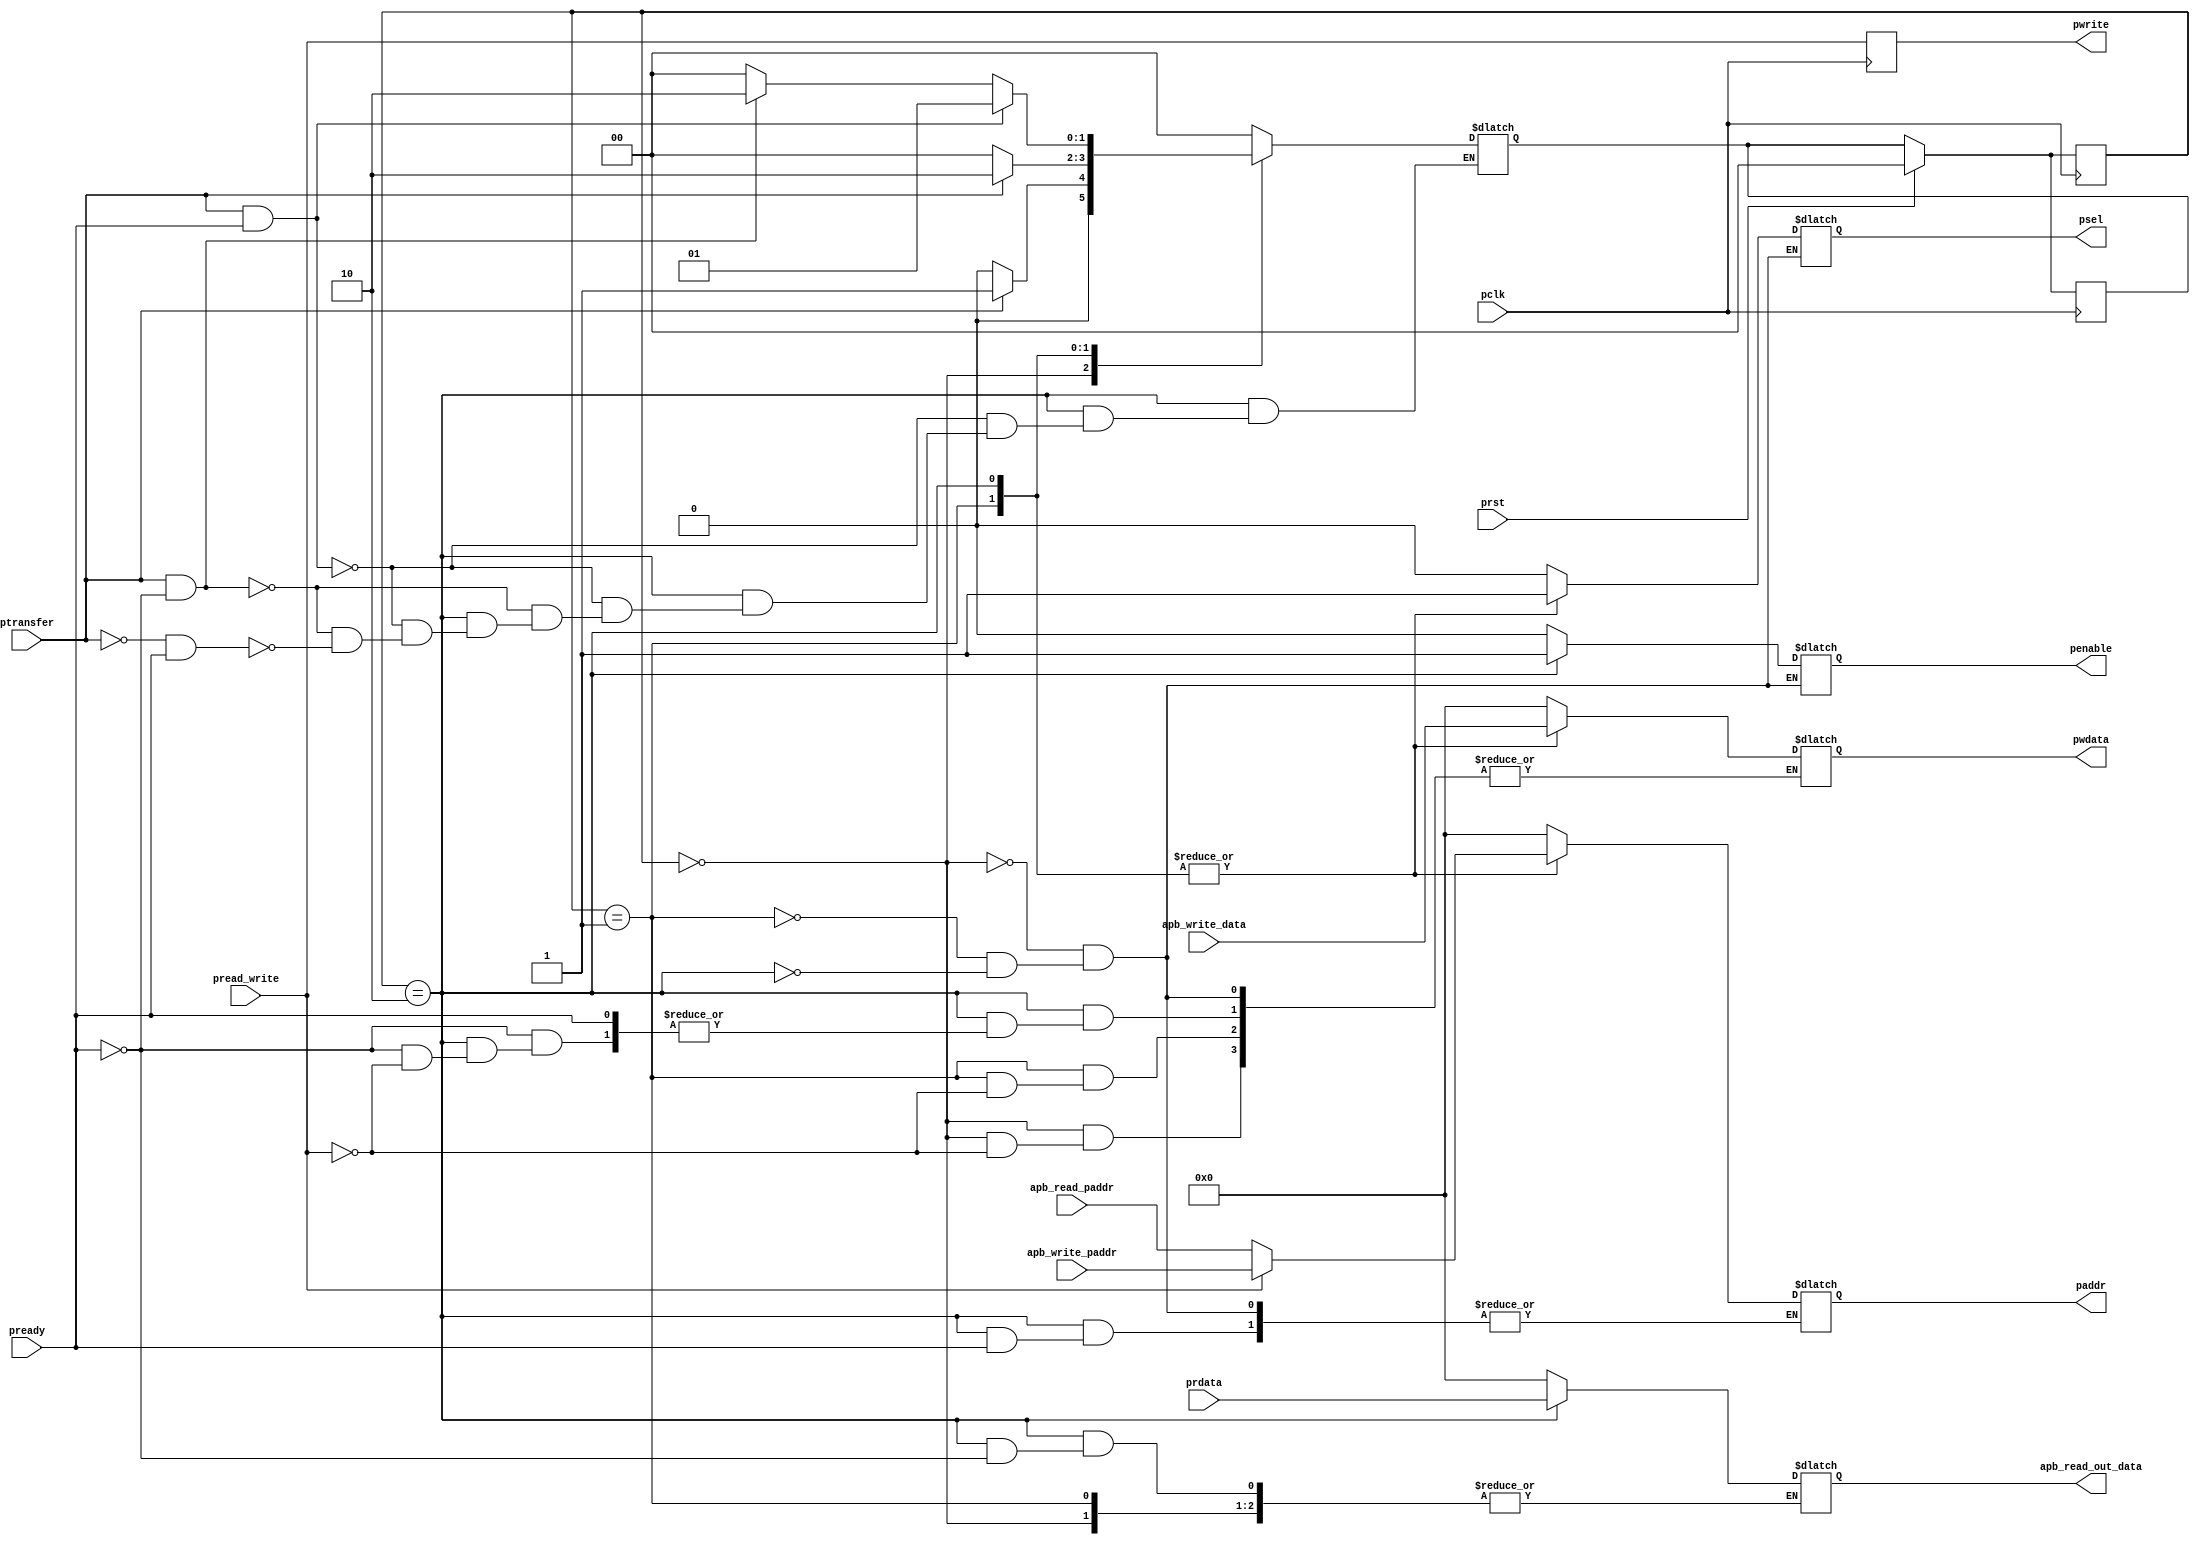
`timescale 1ns / 1ps
//////////////////////////////////////////////////////////////////////////////////
// Company: 
// Engineer: 
// 
// Design Name: 
// Module Name: APB_MASTER
// Project Name: 
// Target Devices: 
// Tool Versions: 
// Description: 
// 
// Dependencies: 
// 
// Revision:
// Revision 0.01 - File Created
// Additional Comments:
// 
//////////////////////////////////////////////////////////////////////////////////


module APB_MASTER(
input  pclk,prst,pread_write,ptransfer,pready,
input  [7:0]apb_write_paddr,
input [7:0]apb_read_paddr,
input [7:0]apb_write_data,
input [7:0]prdata,

output reg psel,penable,pwrite,
output reg [7:0]pwdata,
output reg [7:0]paddr,
output reg[7:0]apb_read_out_data );

reg [1:0] current, next ;

parameter idle = 2'b00;
parameter setup = 2'b01;
parameter access = 2'b10;

always@(posedge pclk )begin
  pwrite = pread_write;
if(prst)begin
 current <= idle;
 next <= idle;
 end
 else begin
 current <= next;
 end
 end
 
 always@(current,ptransfer,pready)begin
 
 case(current)
 idle:begin

    //if(psel == 0 && penable == 0)begin
    if( ptransfer== 0)begin
       next = idle;
       end
    else begin
       if(ptransfer == 1)
       next =  setup;
       end
       end
       
 setup: begin
 

    // if(!psel == 0 && penable == 0)begin
       if(ptransfer == 1)begin
         next = access;
        end
     else begin
        if (ptransfer == 0)
         next = idle;
         end
         end
         
  access : begin
 
      // if(psel == 1&& penable == 1)begin
        if( ptransfer == 1 && pready==1)begin
            next = setup;
            end
     //  else if(psel == 1&& penable == 1 ) begin
             else if( ptransfer == 1 && pready==0)begin
            next = access;
            end
       else  begin
          if( ptransfer == 0 && pready==1)
            next = idle;
            end
            end
            
            
 default:   next= idle;
   
   endcase
   end
   
   
always@(current)begin
case(current)
  
  idle: begin
    psel = 0;
    penable =0;
  
   if(pread_write==0)begin
             paddr=0;
             end
          else begin      
              paddr=0;
              pwdata=0;
              end
              end
  
  setup:  begin
              psel = 1 ;
              penable = 0;
         if(pread_write==0)begin
               paddr=apb_read_paddr;
               end
          else begin
               paddr=apb_write_paddr;
               pwdata=apb_write_data;
               end
               end
  
  access:begin
  
           psel = 1 ;
           penable = 1;
        if(pready==0)begin
  
          if(pread_write==0)begin
               paddr=apb_read_paddr;
               end
               
          else  begin
               paddr=apb_write_paddr;
               pwdata=apb_write_data;
               end
               end
               
          else
              apb_read_out_data=prdata;
              end
              
     default:   apb_read_out_data=0;
      
    endcase
    end

endmodule